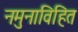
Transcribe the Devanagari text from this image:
नमुनाविहित